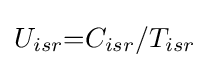
{U_{isr}}{=}{C_{isr}}/{T_{isr}}